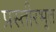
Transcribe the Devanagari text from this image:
प्रस्तीरभूत